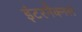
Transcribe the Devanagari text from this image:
इंटरनैक्नल